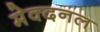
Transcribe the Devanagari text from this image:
मेक्दनल